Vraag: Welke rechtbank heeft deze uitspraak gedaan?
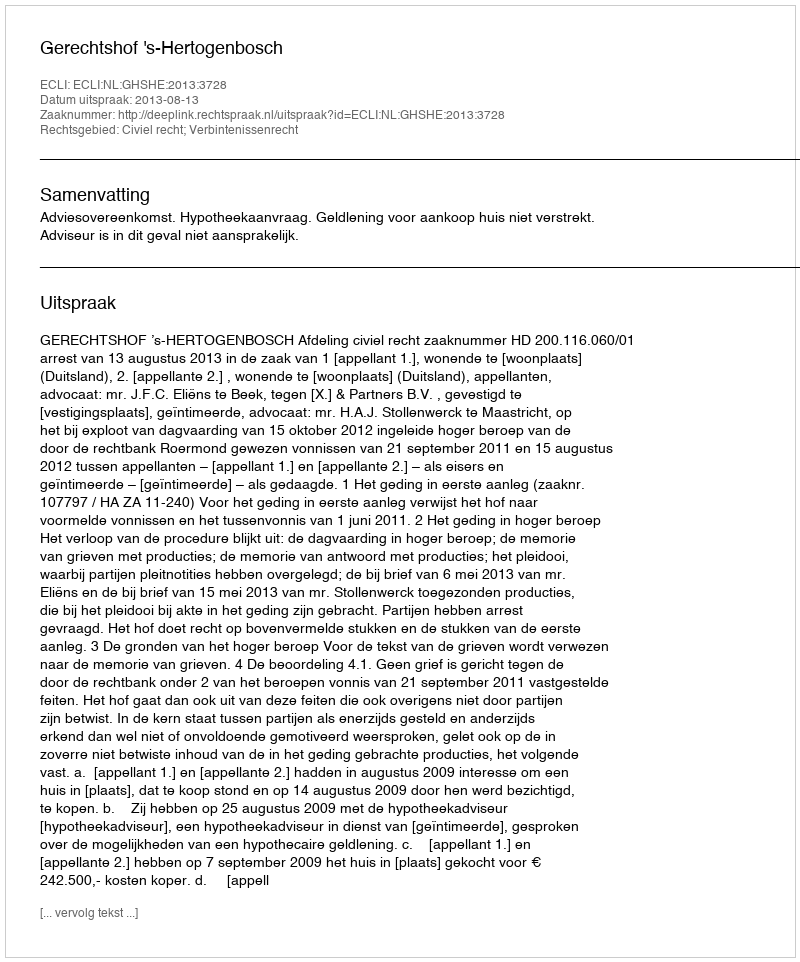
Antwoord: Gerechtshof 's-Hertogenbosch